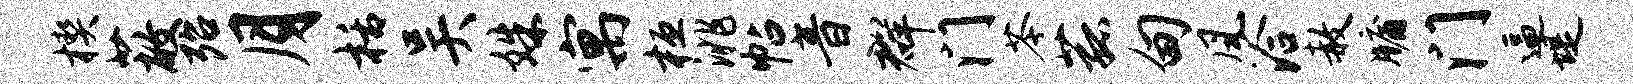
楔蔽殆月栝吴姝寓桓洮帖音群门苓菰甸风洽赦牖门逼堤